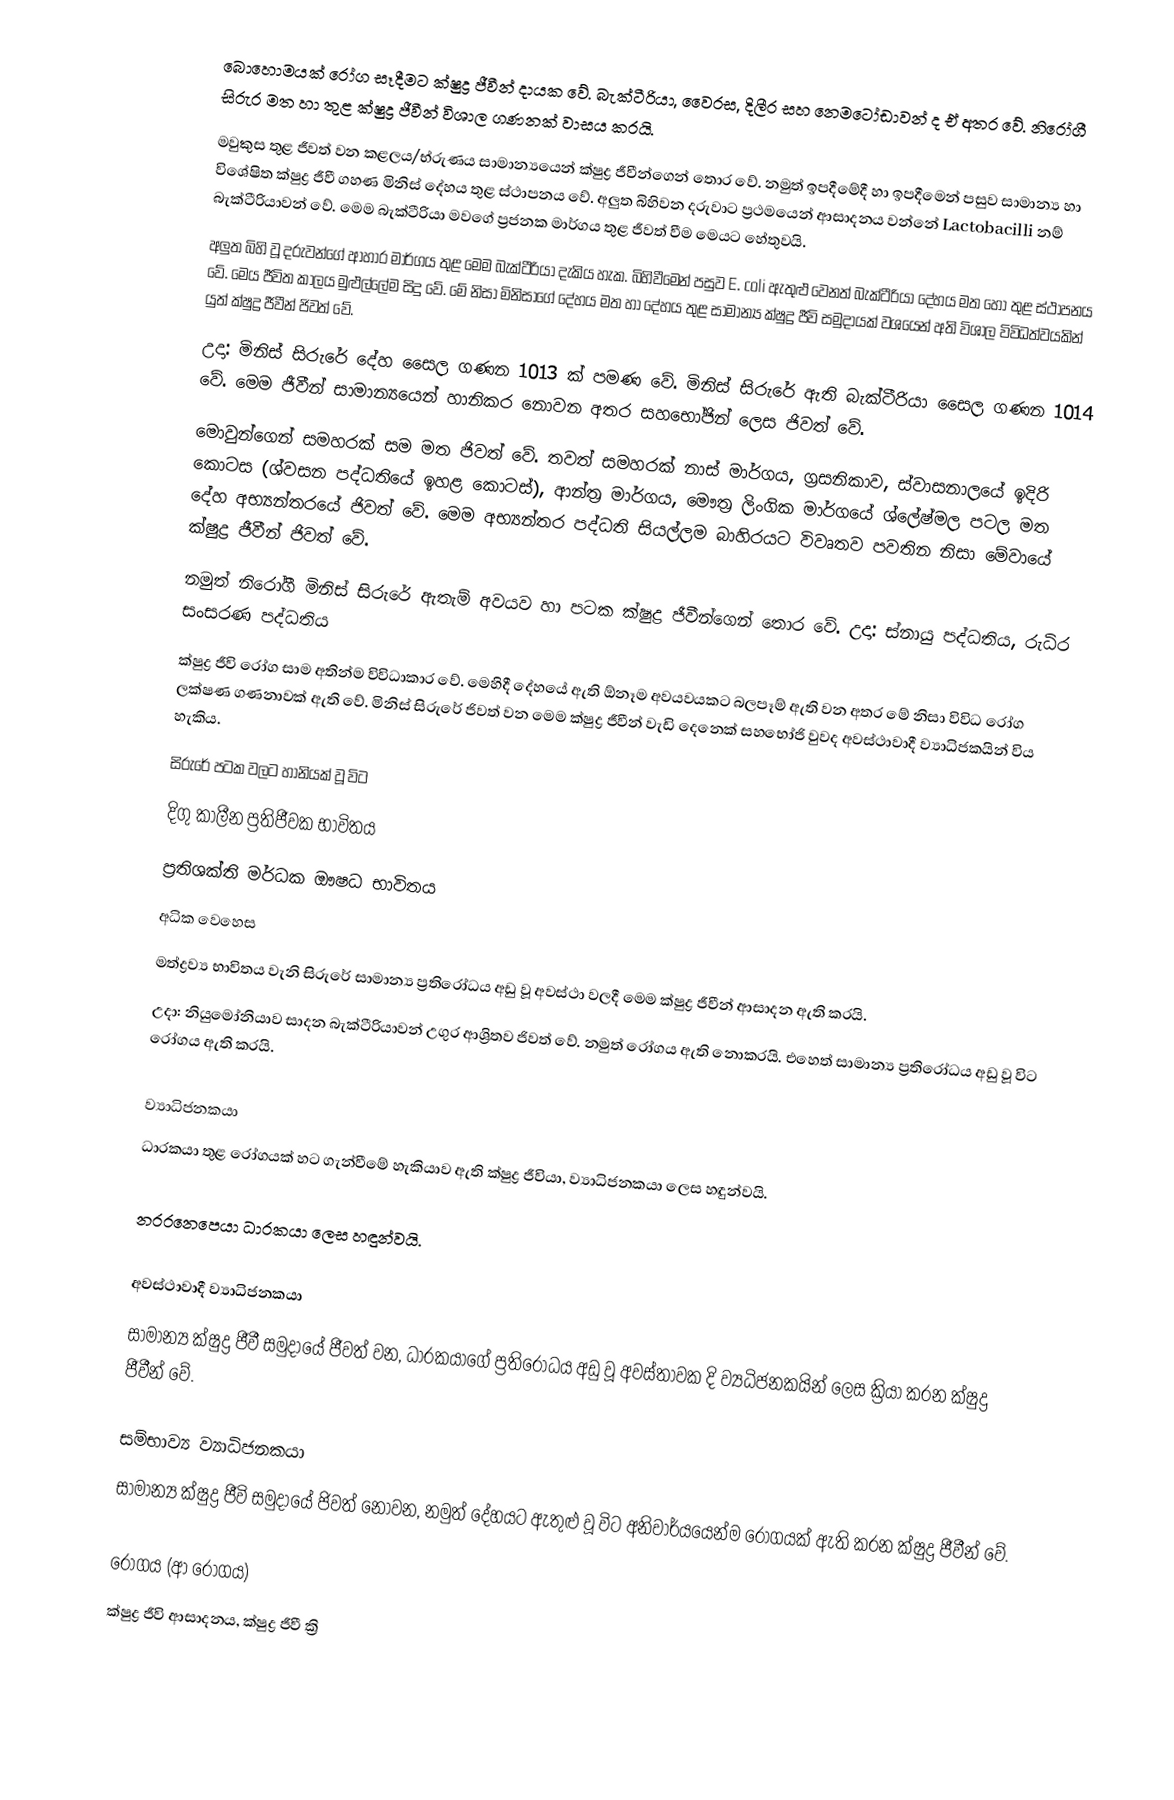
බොහොමයක් රෝග සෑදීමට ක්ෂුද්‍ර ජීවීන් දායක වේ. බැක්ටීරියා, වෛරස, දිලීර සහ නෙමටෝඩාවන් ද ඒ අතර වේ. නිරෝගී සිරුර මත හා තුළ ක්ෂුද්‍ර ජීවීන් විශාල ගණනක් වාසය කරයි.
මවුකුස තුළ  ජීවත් වන  කළලය/භ්රුණය සාමාන්‍යයෙන් ක්ෂුද්‍ර ජීවීන්ගෙන් තොර වේ. නමුත් ඉපදීමේදී හා ඉපදීමෙන් පසුව සාමාන්‍ය හා විශේෂිත ක්ෂුද්‍ර ජීවී ගහණ මිනිස් දේහය තුළ ස්ථාපනය වේ. අලුත බිහිවන දරුවාට ප්‍රථමයෙන් ආසාදනය වන්නේ  Lactobacilli නම් බැක්ටීරියාවන් වේ. මෙම බැක්ටීරියා මවගේ ප්‍රජනක මාර්ගය තුළ ජීවත් වීම මෙයට හේතුවයි.
අලුත බිහි වූ දරුවන්ගේ ආහාර මාර්ගය තුළ මෙම බැක්ටීරියා දැකිය හැක. බිහිවීමෙන් පසුව E. coli ඇතුළු වෙනත් බැක්ටීරියා දේහය මත හෝ තුළ ස්ථාපනය වේ. මෙය ජීවිත කාලය මුළුල්ලේම සිදු වේ. මේ නිසා මිනිසාගේ දේහය මත හා දේහය තුළ සාමාන්‍ය ක්ෂුද්‍ර ජීවි සමුදායක් වශයෙන් අති විශාල විවිධත්වයකින් යුත් ක්ෂුද්‍ර ජීවීන් ජිවත් වේ.
උදා: මිනිස් සිරුරේ දේහ සෛල ගණන 1013 ක් පමණ වේ. මිනිස් සිරුරේ ඇති බැක්ටීරියා සෛල ගණන 1014 වේ. මෙම ජීවීන් සාමාන්‍යයෙන් හානිකර නොවන අතර සහභෝජින් ලෙස ජිවත් වේ.
මොවුන්ගෙන් සමහරක් සම මත ජිවත් වේ. තවත් සමහරක් නාස් මාර්ගය, ග්‍රසනිකාව, ස්වාසනාලයේ ඉදිරි කොටස (ශ්වසන පද්ධතියේ ඉහළ කොටස්), ආන්ත්‍ර මාර්ගය, මෞත්‍ර ලිංගික මාර්ගයේ ශ්ලේෂ්මල පටල මත දේහ අභ්‍යන්තරයේ ජිවත් වේ. මෙම අභ්‍යන්තර පද්ධති සියල්ලම බාහිරයට විවෘතව පවතින නිසා මේවායේ ක්ෂුද්‍ර ජීවීන් ජිවත් වේ.
නමුත් නිරෝගී මිනිස් සිරුරේ ඇතැම් අවයව හා පටක ක්ෂුද්‍ර ජීවීන්ගෙන් තොර වේ. උදා: ස්නායු පද්ධතිය, රුධිර සංසරණ පද්ධතිය
ක්ෂුද්‍ර ජීවි රෝග සාම අතින්ම විවිධාකාර වේ. මෙහිදී දේහයේ ඇති ඕනෑම අවයවයකට බලපෑම් ඇති වන අතර මේ නිසා විවිධ රෝග ලක්ෂණ ගණනාවක් ඇති වේ. මිනිස් සිරුරේ ජිවත් වන මෙම ක්ෂුද්‍ර ජීවීන් වැඩි දෙනෙක් සහභෝජි වුවද අවස්ථාවාදී ව්‍යාධිජකයින් විය හැකිය.
සිරුරේ පටක වලට හානියක් වූ විට
දිගු කාලීන ප්‍රතිජීවක භාවිතය
ප්‍රතිශක්ති මර්ධක ඖෂධ භාවිතය
අධික වෙහෙස
මත්ද්‍රව්‍ය භාවිතය වැනි සිරුරේ සාමාන්‍ය ප්‍රතිරෝධය අඩු වූ අවස්ථා වලදී මෙම ක්ෂුද්‍ර ජීවීන් ආසාදන ඇති කරයි.
උදා: නියුමෝනියාව සාදන බැක්ටීරියාවන් උගුර ආශ්‍රිතව ජිවත් වේ. නමුත් රෝගය ඇති නොකරයි. එහෙත් සාමාන්‍ය ප්‍රතිරෝධය අඩු වූ විට රෝගය ඇති කරයි.

ව්‍යාධිජනකයා
ධාරකයා තුළ රෝගයක් හට ගැන්වීමේ හැකියාව ඇති ක්ෂුද්‍ර ජීවියා, ව්‍යාධිජනකයා ලෙස හඳුන්වයි.

නරරනෙපෙයා ධාරකයා ලෙස හඳුන්වයි.

අවස්ථාවාදී ව්‍යාධිජනකයා
සාමාන්‍ය ක්ෂුද්‍ර ජීවී සමුදායේ ජීවත් වන, ධාරකයාගේ ප්‍රතිරෝධය අඩු වූ අවස්තාවක දි ව්‍යධිජනකයින් ලෙස ක්‍රියා කරන ක්ෂුද්‍ර ජීවීන් වේ.

සම්භාව්‍ය ව්‍යාධිජනකයා
සාමාන්‍ය ක්ෂුද්‍ර ජීවි සමුදායේ ජිවත් නොවන, නමුත් දේහයට ඇතුළු වූ විට අනිවාර්යයෙන්ම රෝගයක් ඇති කරන ක්ෂුද්‍ර ජීවීන් වේ.

රෝගය (ආ රෝගය)
ක්ෂුද්‍ර ජීවි ආසාදනය, ක්ෂුද්‍ර ජීවී ක්‍රි